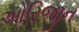
ઓરિજીન